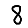
Digit: 8